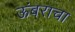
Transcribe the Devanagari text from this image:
ऊंबराचा